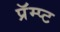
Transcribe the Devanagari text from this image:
प्रॅम्प्ट